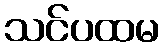
သင်ပထမ